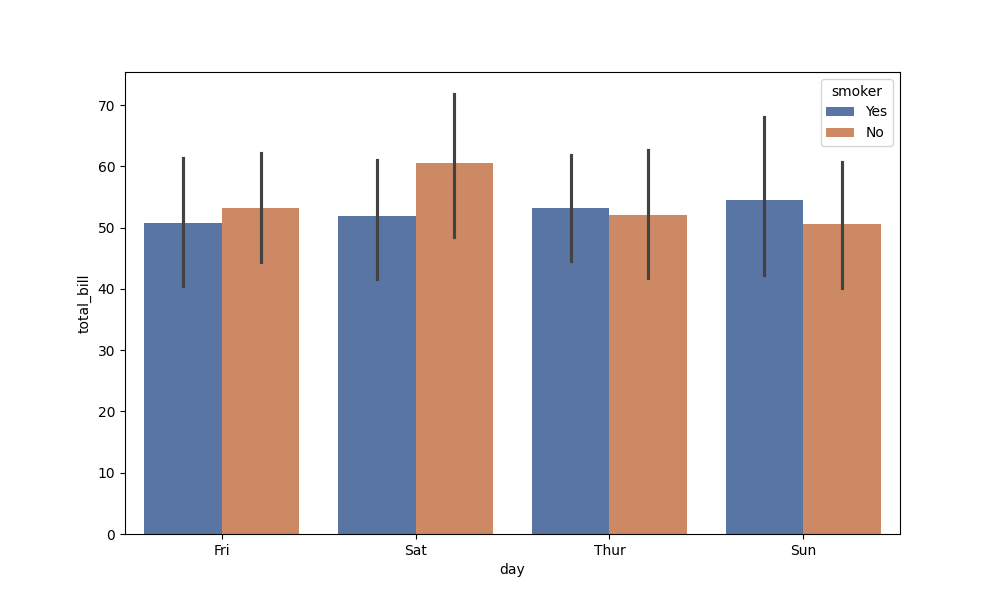
python, seaborn, barplot, hue='smoker', palette='deep', ci=95, orient='v'